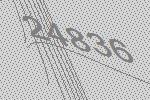
24836